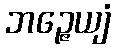
ဘဉ္ဇေယျံ